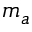
m _ { a }